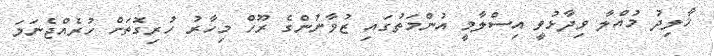
ޚާލިދު މުއްލާ ވިދާޅުވީ އިސްލާމީ އުންމަތުގައި ޒުވާނުންގެ ރޫހް މިހާރު ހުރިގޮތަށް ހުރެއްޖެނަމަ